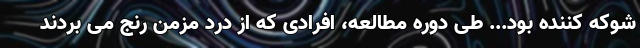
شوکه کننده بود... طی دوره مطالعه، افرادی که از درد مزمن رنج می بردند